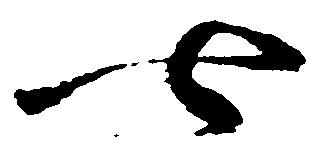
七